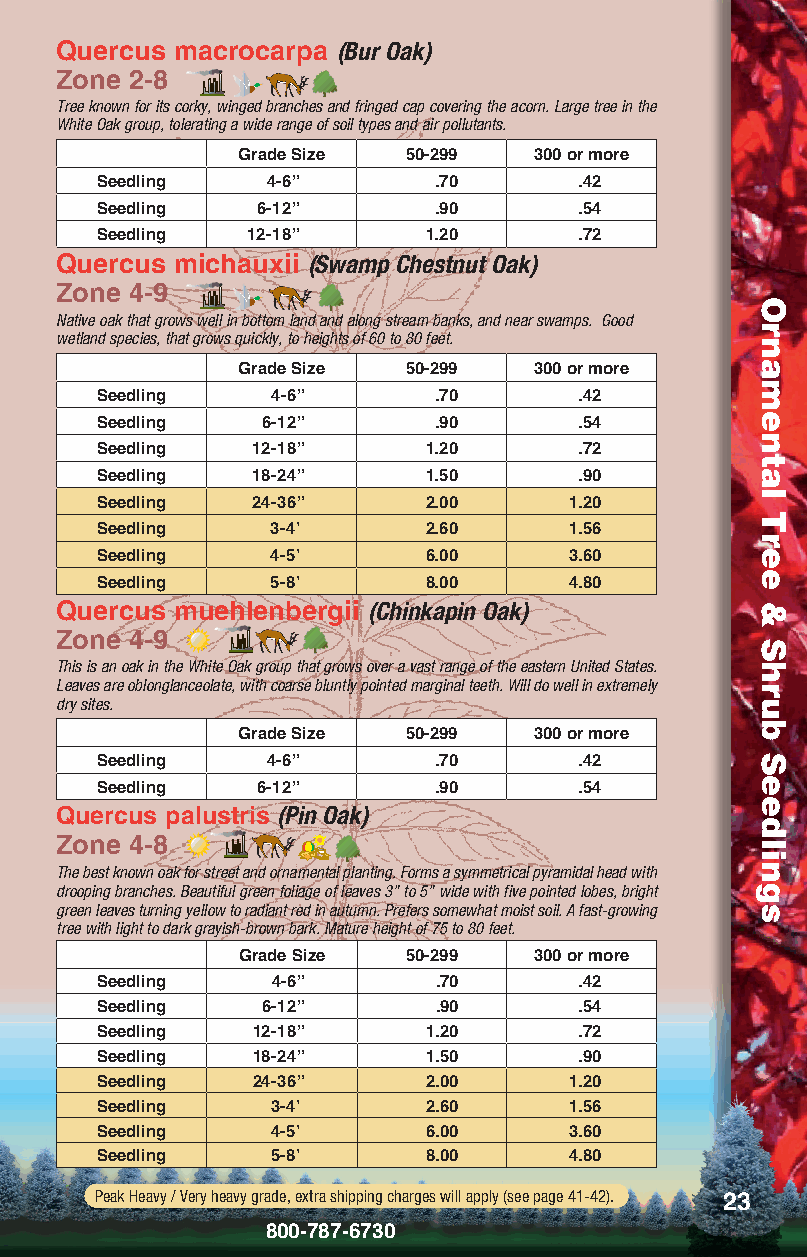
Quercus macrocarpa (Bur Oak)
 Zone 2-8
 Tree known for its corky, winged branches and fringed cap covering the acorn. Large tree in the
 White Oak group, tolerating a wide range of soil types and air pollutants.
 Grade Size 50-299  300 or more
 Seedling    4-6”       .70      .42
 Seedling   6-12”       .90      .54
 Seedling  12-18”      1.20      .72
 Quercus michauxii (Swamp Chestnut Oak)
 Zone 4-9
 Native oak that grows well in bottom land and along stream banks, and near swamps. Good
 wetland species, that grows quickly, to heights of 60 to 80 feet.
 Grade Size 50-299  300 or more
 Seedling    4-6”       .70      .42
 Seedling   6-12”       .90      .54
 Seedling   12-18”     1.20      .72
 Seedling   18-24”     1.50      .90
 Seedling   24-36”     2.00      1.20
 Seedling    3-4’      2.60      1.56
 Seedling    4-5’      6.00      3.60
 Seedling    5-8’      8.00      4.80
 Quercus muehlenbergii (Chinkapin Oak)
 Zone 4-9
 This is an oak in the White Oak group that grows over a vast range of the eastern United States.
 Leaves are oblonglanceolate, with coarse bluntly pointed marginal teeth. Will do well in extremely
 dry sites.
 Grade Size 50-299  300 or more
 Seedling    4-6”       .70      .42
 Seedling   6-12”       .90      .54
 Quercus palustris (Pin Oak)
 Zone 4-8
 The best known oak for street and ornamental planting. Forms a symmetrical pyramidal head with
 drooping branches. Beautiful green foliage of leaves 3” to 5” wide with five pointed lobes, bright
 green leaves turning yellow to radiant red in autumn. Prefers somewhat moist soil. A fast-growing
 tree with light to dark grayish-brown bark. Mature height of 75 to 80 feet.
 Grade Size 50-299  300 or more
 Seedling    4-6”       .70      .42
 Seedling   6-12”       .90      .54
 Seedling   12-18”     1.20      .72
 Seedling   18-24”     1.50      .90
 Seedling   24-36”     2.00      1.20
 Seedling    3-4’      2.60      1.56
 Seedling    4-5’      6.00      3.60
 Seedling    5-8’      8.00      4.80
 Peak Heavy / Very heavy grade, extra shipping charges will apply (see page 41-42). 23
 800-787-6730
 Ornamental
 Tree
 &
 Shrub
 Seedlings